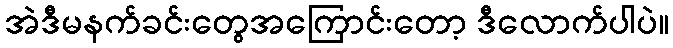
အဲဒီမနက်ခင်းတွေအကြောင်းတော့ ဒီလောက်ပါပဲ။